Etiology and epidemiology of plague
Disease focus: Plague
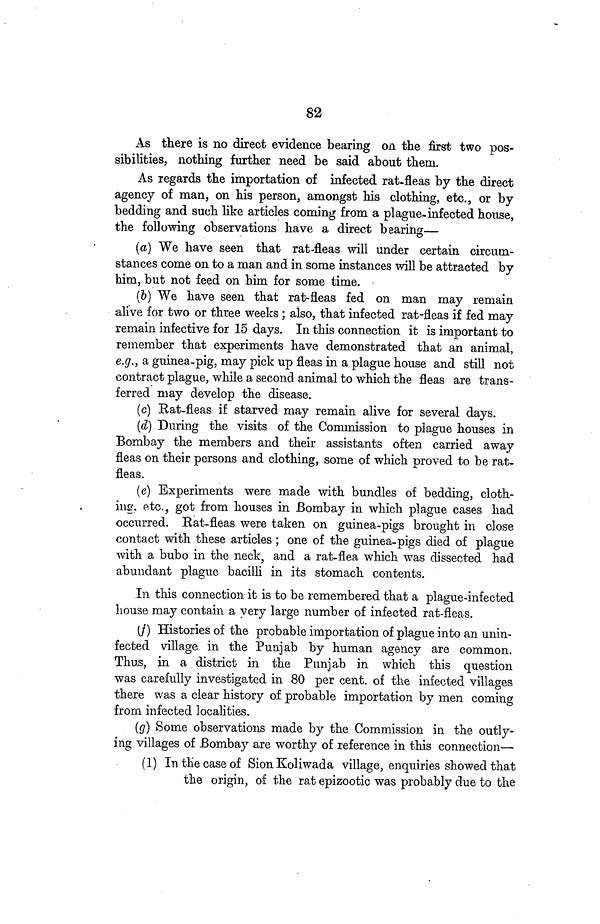
82
As there is no direct evidence bearing on the first two pos-
sibilities, nothing further need be said about them.
As regards the importation of infected rat-fleas by the direct
agency of man, on his person, amongst his clothing, etc., or by
bedding and such like articles coming from a plague-infected house,
the following observations have a direct bearing—
(a) We have seen that rat-fleas will under certain circum-
stances come on to a man and in some instances will be attracted by
him, but not feed on him for some time.
(b) We have seen that rat-fleas fed on man may remain
alive for two or three weeks ; also, that infected rat-fleas if fed may
remain infective for 15 days. In this connection it is important to
remember that experiments have demonstrated that an animal,
e.g., a guinea-pig, may pick up fleas in a plague house and still not
contract plague, while a second animal to which the fleas are trans-
ferred may develop the disease.
(c) Rat-fleas if starved may remain alive for several days.
(d) During the visits of the Commission to plague houses in
Bombay the members and their assistants often carried away
fleas on their persons and clothing, some of which proved to be rat-
fleas.
(e) Experiments were made with bundles of bedding, cloth-
ing, etc., got from houses in Bombay in which plague cases had
occurred. Rat-fleas were taken on guinea-pigs brought in close
contact with these articles ; one of the guinea-pigs died of plague
with a bubo in the neck, and a rat-flea which was dissected had
abundant plague bacilli in its stomach contents.
In this connection it is to be remembered that a plague-infected
house may contain a very large number of infected rat-fleas.
(f) Histories of the probable importation of plague into an unin-
fected village in the Punjab by human agency are common.
Thus, in a district in the Punjab in which this question
was carefully investigated in 80 per cent. of the infected villages
there was a clear history of probable importation by men coming
from infected localities.
(g) Some observations made by the Commission in the outly-
ing villages of Bombay are worthy of reference in this connection—
(1) In the case of Sion Koliwada village, enquiries showed that
the origin, of the rat epizootic was probably due to the